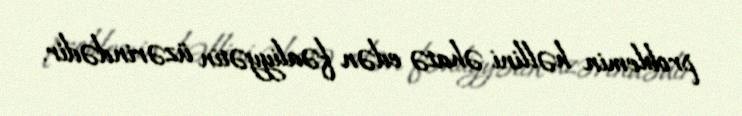
problemin həllini əhatə edən fəaliyyətin üzərindədir.